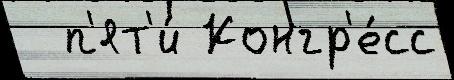
  п'ят'и́ Конгр'е́сс